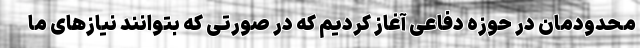
محدودمان در حوزه دفاعی آغاز کردیم که در صورتی که بتوانند نیازهای ما